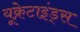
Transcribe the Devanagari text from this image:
यूक्रेटाइंड्स